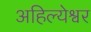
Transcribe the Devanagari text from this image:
अहिल्येश्वर